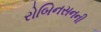
રોબિનસનની